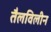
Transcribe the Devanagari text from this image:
तैलविलीन